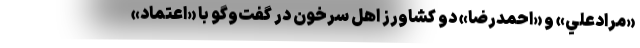
«مرادعلي» و «احمدرضا» دو كشاورز اهل سرخون در گفت‌و‌گو با «اعتماد»